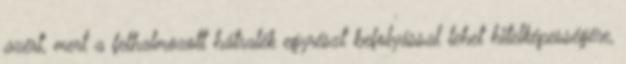
azért, mert a felhalmozott hátralék egyrészt befolyással lehet hitelképességére,